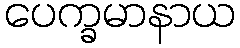
ပေက္ခမာနာယ